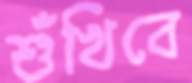
শুঁখিবে